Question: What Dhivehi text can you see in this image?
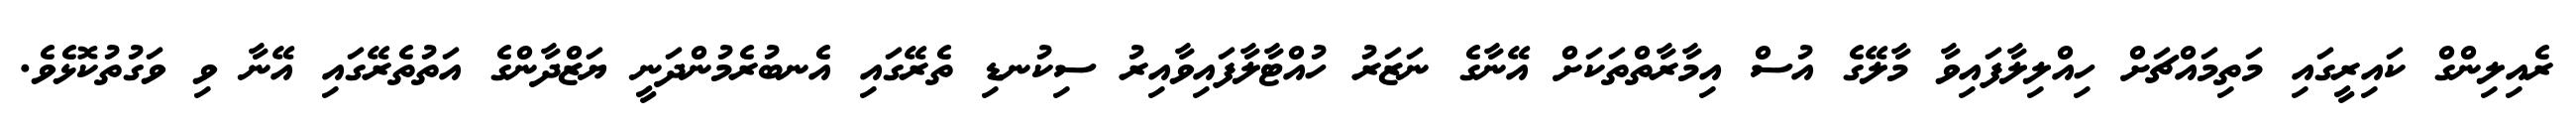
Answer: ރެއިލިންގް ކައިރީގައި މަތިމައްޗަށް ހިއްލިލާފައިވާ މާލޭގެ އުސް އިމާރާތްތަކަށް އޭނާގެ ނަޒަރު ހުއްޓާލާފައިވާއިރު ސިކުނޑި ތެރޭގައި އެނބުރެމުންދަނީ ޔަޒްދާންގެ އަތުތެރޭގައި އޭނާ ވި ވަގުތުކޮޅެވެ.